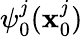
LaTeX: \psi_{0}^{j}(\textbf{x}_{0}^{j})